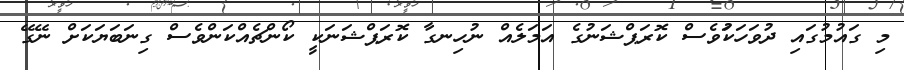
މި ގައުމުގައި ދުވަހަކަުވެސް ކޮރަޕްޝަނުގެ އަމަލެއް ނުހިނގާ ކޮރަޕްޝަނަކީ ކޯންްޗެއްކަންވެސް ގިނަބަޔަކަށް ނޭގޭ